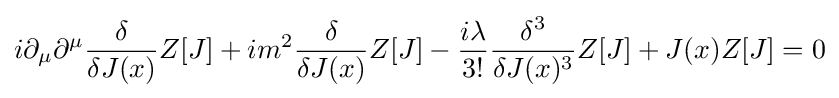
i\partial _{\mu }\partial ^{\mu }{\frac {\delta }{\delta J(x)}}Z[J]+im^{2}{\frac {\delta }{\delta J(x)}}Z[J]-{\frac {i\lambda }{3!}}{\frac {\delta ^{3}}{\delta J(x)^{3}}}Z[J]+J(x)Z[J]=0